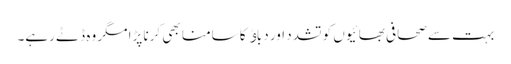
بہت سے صحافی بھائیوں کو تشدد اور دباﺅ کا سامنا بھی کرنا پڑا مگر وہ ڈٹے رہے۔